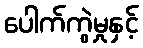
ပေါက်ကွဲမှုနှင့်